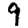
Digit: 9